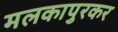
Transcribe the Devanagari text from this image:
मलकापुरकर